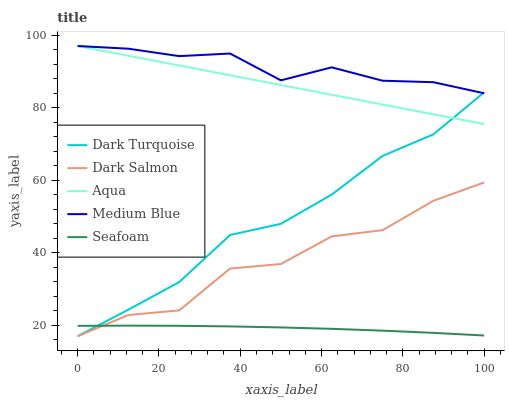
| xaxis_label | Dark Turquoise | Dark Salmon | Aqua | Medium Blue | Seafoam |
 | --- | --- | --- | --- | --- | --- |
 | 0 | 17 | 17 | 97 | 97 | 19.9 |
 | 12.5 | 24.3 | 22.9 | 94.3 | 96.3 | 19.9 |
 | 25 | 31.9 | 24.1 | 91.6 | 94.2 | 19.9 |
 | 37.5 | 44.9 | 35.7 | 88.9 | 94.9 | 19.7 |
 | 50 | 48 | 36.9 | 86.2 | 87.5 | 19.4 |
 | 62.5 | 56 | 44.5 | 83.6 | 91.1 | 19 |
 | 75 | 66.7 | 46.2 | 80.9 | 87.4 | 18.5 |
 | 87.5 | 72.6 | 54.3 | 78.2 | 87 | 17.9 |
 | 100 | 84.2 | 59.4 | 75.5 | 84 | 17.2 |